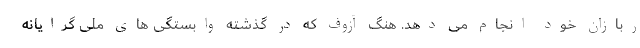
ربازان خود انجام می دهد. هنگ آزوف که در گذشته وابستگی های ملی گرایانه